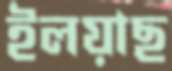
ইলয়াছ